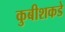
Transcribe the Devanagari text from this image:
कुबीशकडे